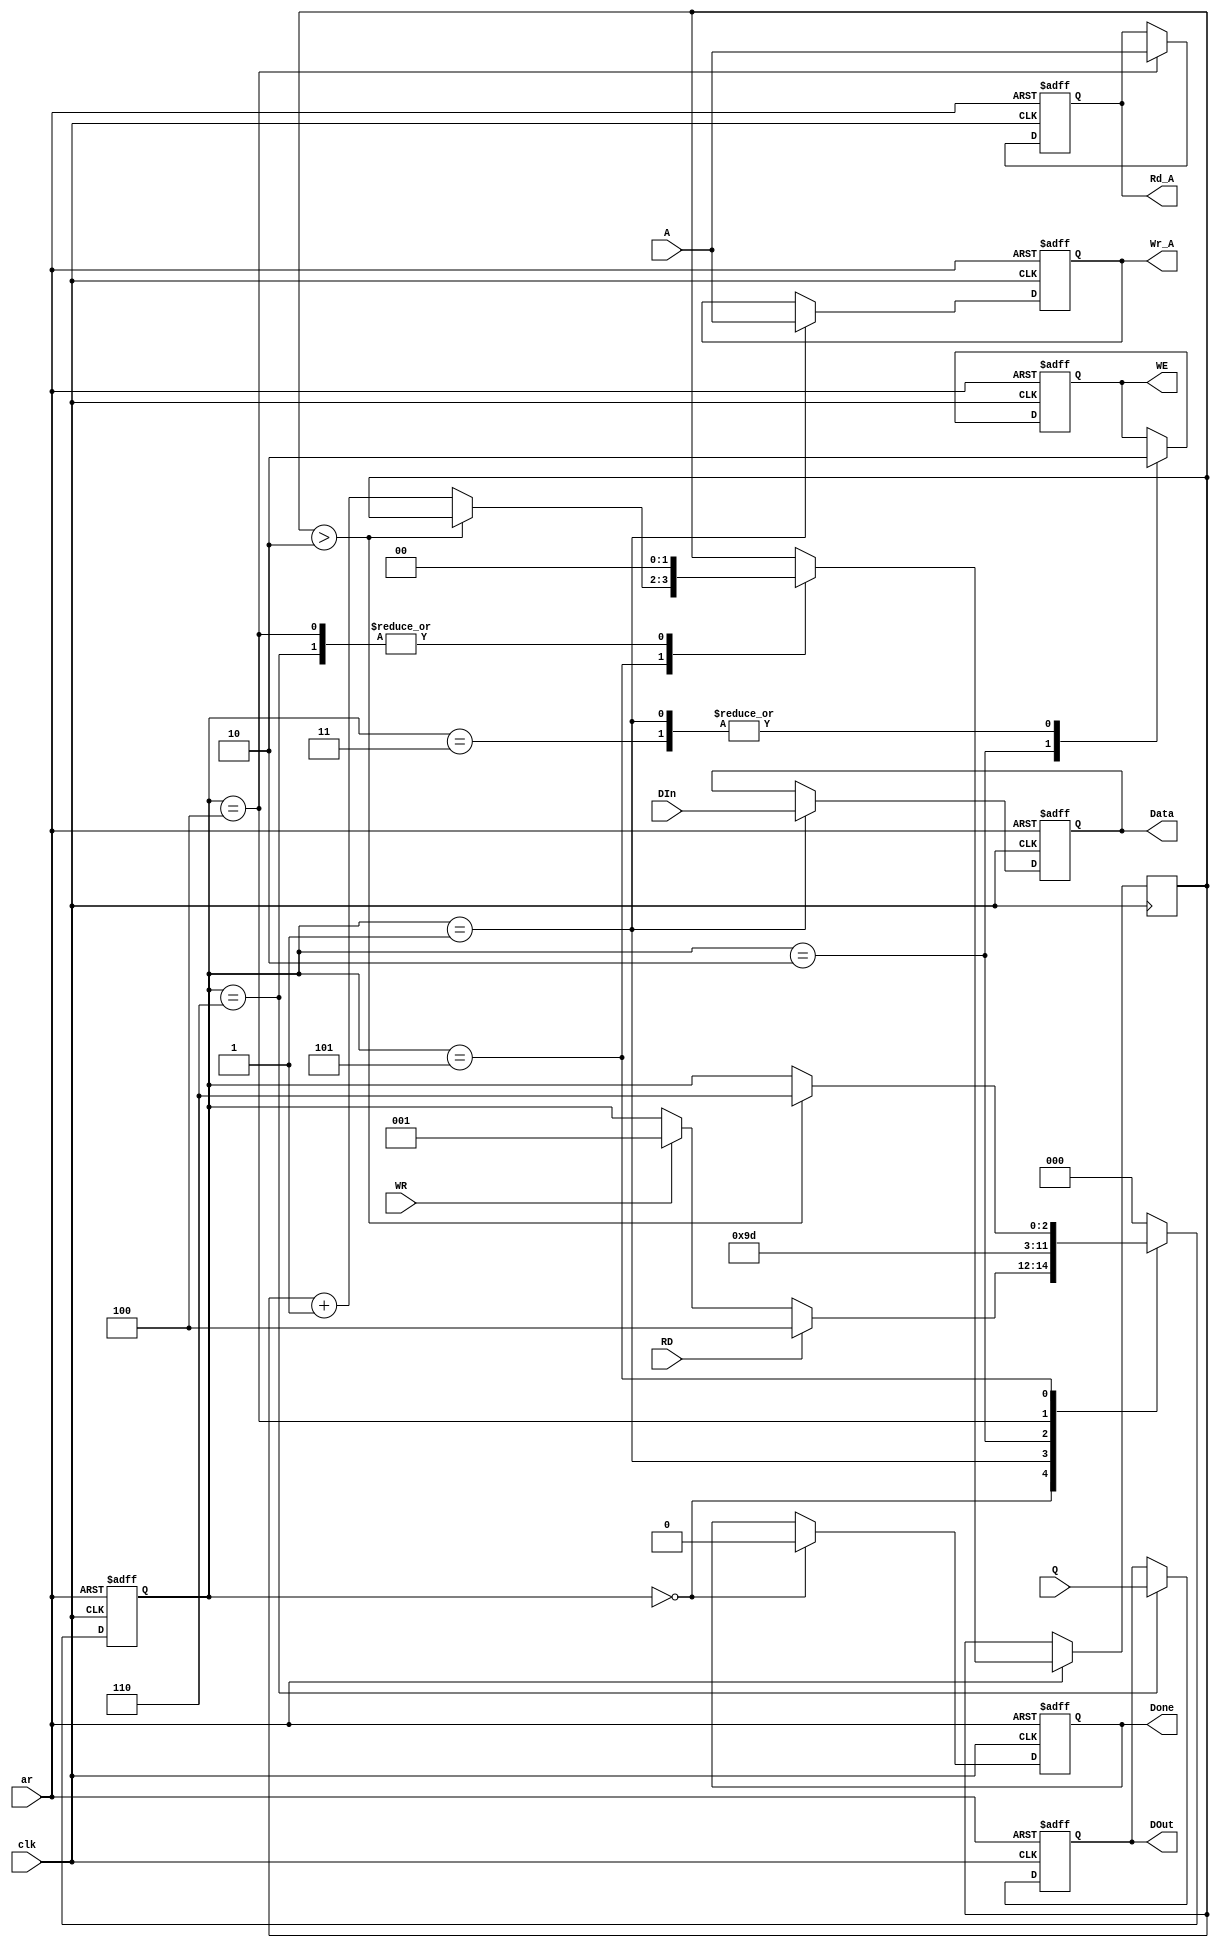
module DPRAM_Controller(clk, ar, RD, WR, A, DIn, Q,
	DOut, Data, Wr_A, Rd_A, Done, WE);
	
	input clk, RD, WR, ar;
	input [9:0] A;
	input [15:0] DIn, Q;
	
	output reg [15:0] DOut, Data;
	output reg [9:0] Wr_A, Rd_A;
	output reg Done, WE;
	
	parameter [2:0]   Idle = 3'b0, Wr1 = 3'b001, Wr2 = 3'b010, Wr3 = 3'b011, Rd1 = 3'b100, Rd2 = 3'b101, Rd3 = 3'b110;
	reg [2:0] state;
	reg [1:0] delay;

	
	always @(negedge ar or posedge clk)
		if(~ar)
		 begin
			state = Idle;
			DOut = 16'b0;
			Data = 16'b0;
			Wr_A = 10'b0;
			Rd_A = 10'b0;
			Done = 1'b0;
			WE = 1'b0;
		 end
		else
		 begin
				case(state)
					Idle:
					begin
						Done = 1'b0;
						if(RD)
							state = Rd1;
						  else if(WR)
							state = Wr1;
							
						
					end
					
					Wr1:
					begin
						Data = DIn;
						Wr_A = A;
						WE = 1'b0;
						state = Wr2;
					end
					
					Wr2:
					begin
						WE = 1'b1;
						state = Wr3;
					end
					
					Wr3:
					begin
						WE = 1'b0;
						state = Idle;
					end
					
					Rd1:
					begin
						Rd_A = A;
						delay = 2'b0;
						state = Rd2;
					end
					
					Rd2:
					begin
						if(delay > 2'b10)
							state = Rd3;
						else
							delay = delay + 1;
					end
					
					Rd3:
					begin
						DOut = Q;
						delay = 2'b0;
						state = Idle;
					end
					
					default:
					begin
						state = Idle;
					end
				endcase
		 end

endmodule